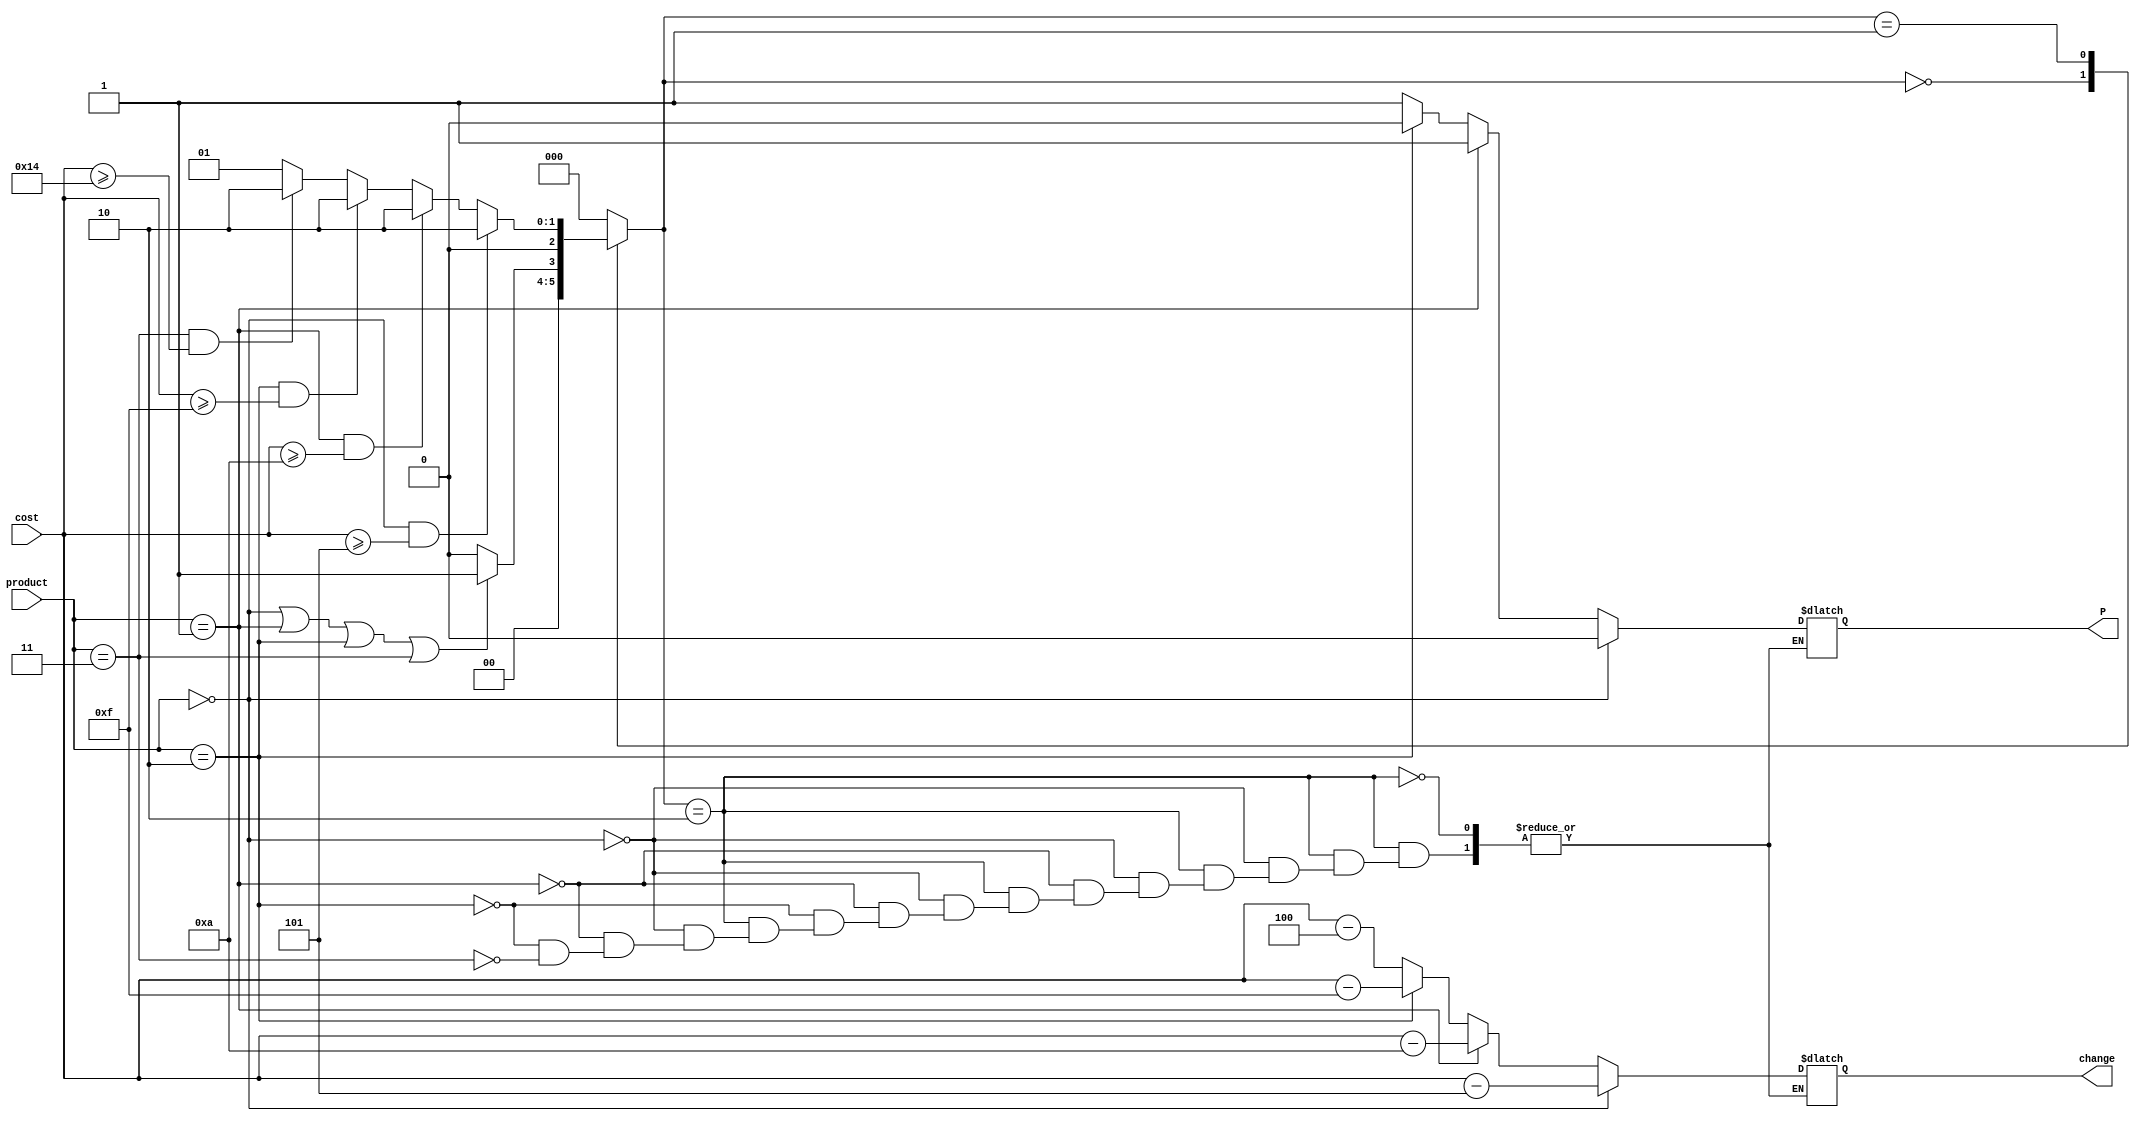
module vending(product,cost,change,P);

input [1:0]product;
input [3:0]cost;
output reg [3:0]change;
output reg P;
parameter s0=3'b000,s1=3'b001,s2=3'b010;
reg [2:0]state;


always@(*)
begin
     case(state)

     s0:begin
        if(product==0 || product==1 || product==2 || product==3)
        state<=s1;
        else
        state<=s0;
        end

     s1:begin
        
         if(product==0 && cost>=5)                                                      // (cost==4'd5 || cost==4'd10))
        state<=s2;
        else if(product==1 && cost>=10)                                                // (cost==4'd10 || cost==2*4'd5))
        state<=s2;
        else if(product==2 && cost>=15)                                                //  (cost==2*4'd5 || cost==(4'd10 + 4'd5)))
        state<=s2; 
        else if(product==3 && cost>=20)                                                //  (cost==2*4'd10|| cost==4*4'd5 || cost==(2*4'd5 + 4'd10)))
        state<=s2;
        else
        state<=s1;
        end
  
     s2:begin
        if(product==0)
        begin
        change=cost-5;
        P=0;
        end
        else if(product==1)
        begin
        change=cost-10;
        P=1;
        end
        else if(product==2)
        begin
        change=cost-15;
        P=2;
        end
        else if(product==3)
        begin
        change=cost-20;
        P=3;
        end
        state<=s0;
        end

     default:state<=s0;
     endcase  
   
end
endmodule